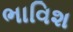
ભાવિશ